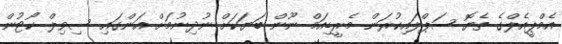
އެމްޕީއެލްގެ ތެޔޮ ސަޕްލައިކުރަން މެރީޑިއަމް ނޫން ބަޔަކަށް ނުދިނުމަށް އަންގައި ސިވިލް ކޯޓުން